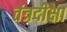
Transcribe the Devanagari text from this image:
तंत्रदीक्षा